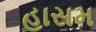
હાસમ